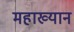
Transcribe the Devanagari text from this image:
महाख्यान